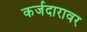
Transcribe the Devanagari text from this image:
कर्जदारावर